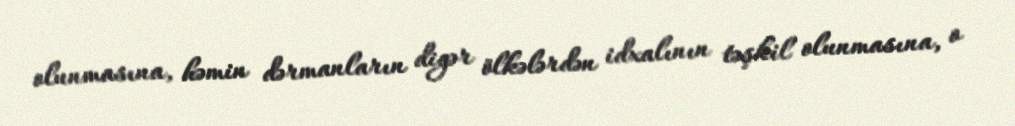
olunmasına, həmin dərmanların digər ölkələrdən idxalının təşkil olunmasına, o